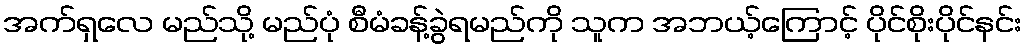
အက်ရှလေ မည်သို့ မည်ပုံ စီမံခန့်ခွဲရမည်ကို သူက အဘယ့်ကြောင့် ပိုင်စိုးပိုင်နင်း